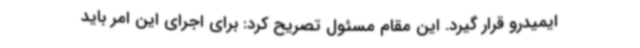
ایمیدرو قرار گیرد. این مقام مسئول تصریح کرد: برای اجرای این امر باید